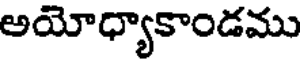
అయోధ్యాకాండము